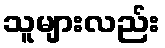
သူများလည်း